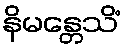
နိမန္တေသိံ